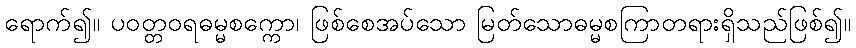
ရောက်၍။ ပဝတ္တဝရဓမ္မစက္ကော၊ ဖြစ်စေအပ်သော မြတ်သောဓမ္မစကြာတရားရှိသည်ဖြစ်၍။